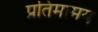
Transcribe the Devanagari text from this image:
प्रतिमामय